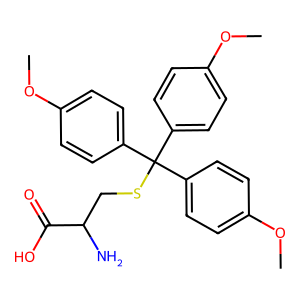
SMILES: COc1ccc(C(SCC(N)C(=O)O)(c2ccc(OC)cc2)c2ccc(OC)cc2)cc1
Inhibits HIV replication: No